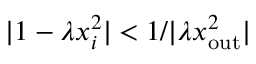
| 1 - \lambda x _ { i } ^ { 2 } | < { 1 } / { | \lambda x _ { \mathrm { o u t } } ^ { 2 } | }